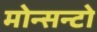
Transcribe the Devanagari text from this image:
मोन्सन्टो